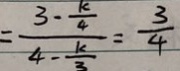
= \frac { 3 - \frac { k } { 4 } } { 4 - \frac { k } { 3 } } = \frac { 3 } { 4 }